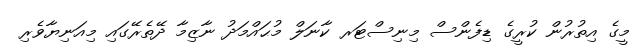
މީގެ އިތުރުން ކުރީގެ ޑިފެންސް މިނިސްޓަރ ކާނަލް މުޙައްމަދު ނާޒިމާ ދޭތެރޭގައި މިއަނިޔާވެރި